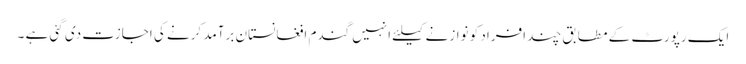
ایک رپورٹ کے مطابق چند افراد کو نوازنے کیلئے انہیں گندم افغانستان برآمد کرنے کی اجازت دی گئی ہے ۔